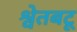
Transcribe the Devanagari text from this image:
श्वेतबटू